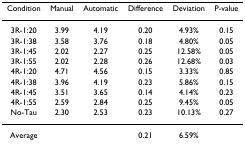
<table><thead><tr><td><b>Condition</b></td><td><b>Manual</b></td><td><b>Automatic</b></td><td><b>Difference</b></td><td><b>Deviation</b></td><td><b>P-value</b></td></tr></thead><tbody><tr><td>3R-1:20</td><td>3.99</td><td>4.19</td><td>0.20</td><td>4.93%</td><td>0.15</td></tr><tr><td>3R-1:38</td><td>3.58</td><td>3.76</td><td>0.18</td><td>4.80%</td><td>0.05</td></tr><tr><td>3R-1:45</td><td>2.02</td><td>2.27</td><td>0.25</td><td>12.58%</td><td>0.05</td></tr><tr><td>3R-1:55</td><td>2.02</td><td>2.28</td><td>0.26</td><td>12.68%</td><td>0.03</td></tr><tr><td>4R-1:20</td><td>4.71</td><td>4.56</td><td>0.15</td><td>3.33%</td><td>0.85</td></tr><tr><td>4R-1:38</td><td>3.96</td><td>4.19</td><td>0.23</td><td>5.86%</td><td>0.15</td></tr><tr><td>4R-1:45</td><td>3.51</td><td>3.65</td><td>0.14</td><td>4.14%</td><td>0.23</td></tr><tr><td>4R-1:55</td><td>2.59</td><td>2.84</td><td>0.25</td><td>9.45%</td><td>0.05</td></tr><tr><td>No-Tau</td><td>2.30</td><td>2.53</td><td>0.23</td><td>10.13%</td><td>0.27</td></tr><tr><td>Average</td><td></td><td></td><td>0.21</td><td>6.59%</td><td></td></tr></tbody></table>